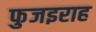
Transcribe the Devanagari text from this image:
फुजइराह